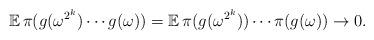
LaTeX: \begin{align*}\mathbb{E}\, \pi(g(\omega^{2^k}) \cdots g(\omega) )= \mathbb{E}\,\pi(g(\omega^{2^k}))\cdots \pi(g(\omega)) \rightarrow 0.\end{align*}